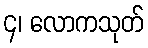
၄၊ လောကသုတ်